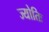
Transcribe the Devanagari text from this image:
ज्योतिः